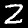
Label: 2